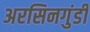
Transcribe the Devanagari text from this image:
अरसिनगुंडी